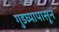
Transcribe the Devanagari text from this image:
गुडघ्यापासून